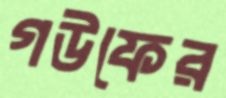
গউফের